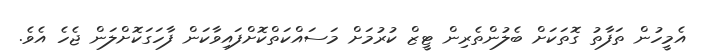
އެމީހުން ތަފާތު ގޮތަކަށް ބެލުންތެރިން ޓީޒް ކުރުމަށް މަސައްކަތްކޮށްފައިވާކަން ފާހަގަކޮށްލަން ޖެހެ އެވެ.